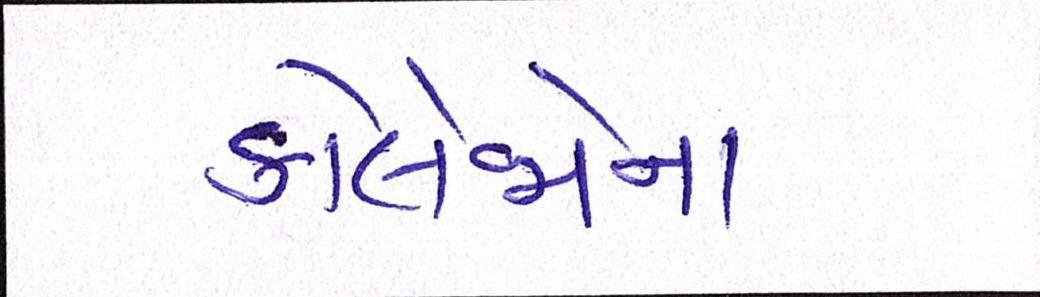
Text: કોલેજોના